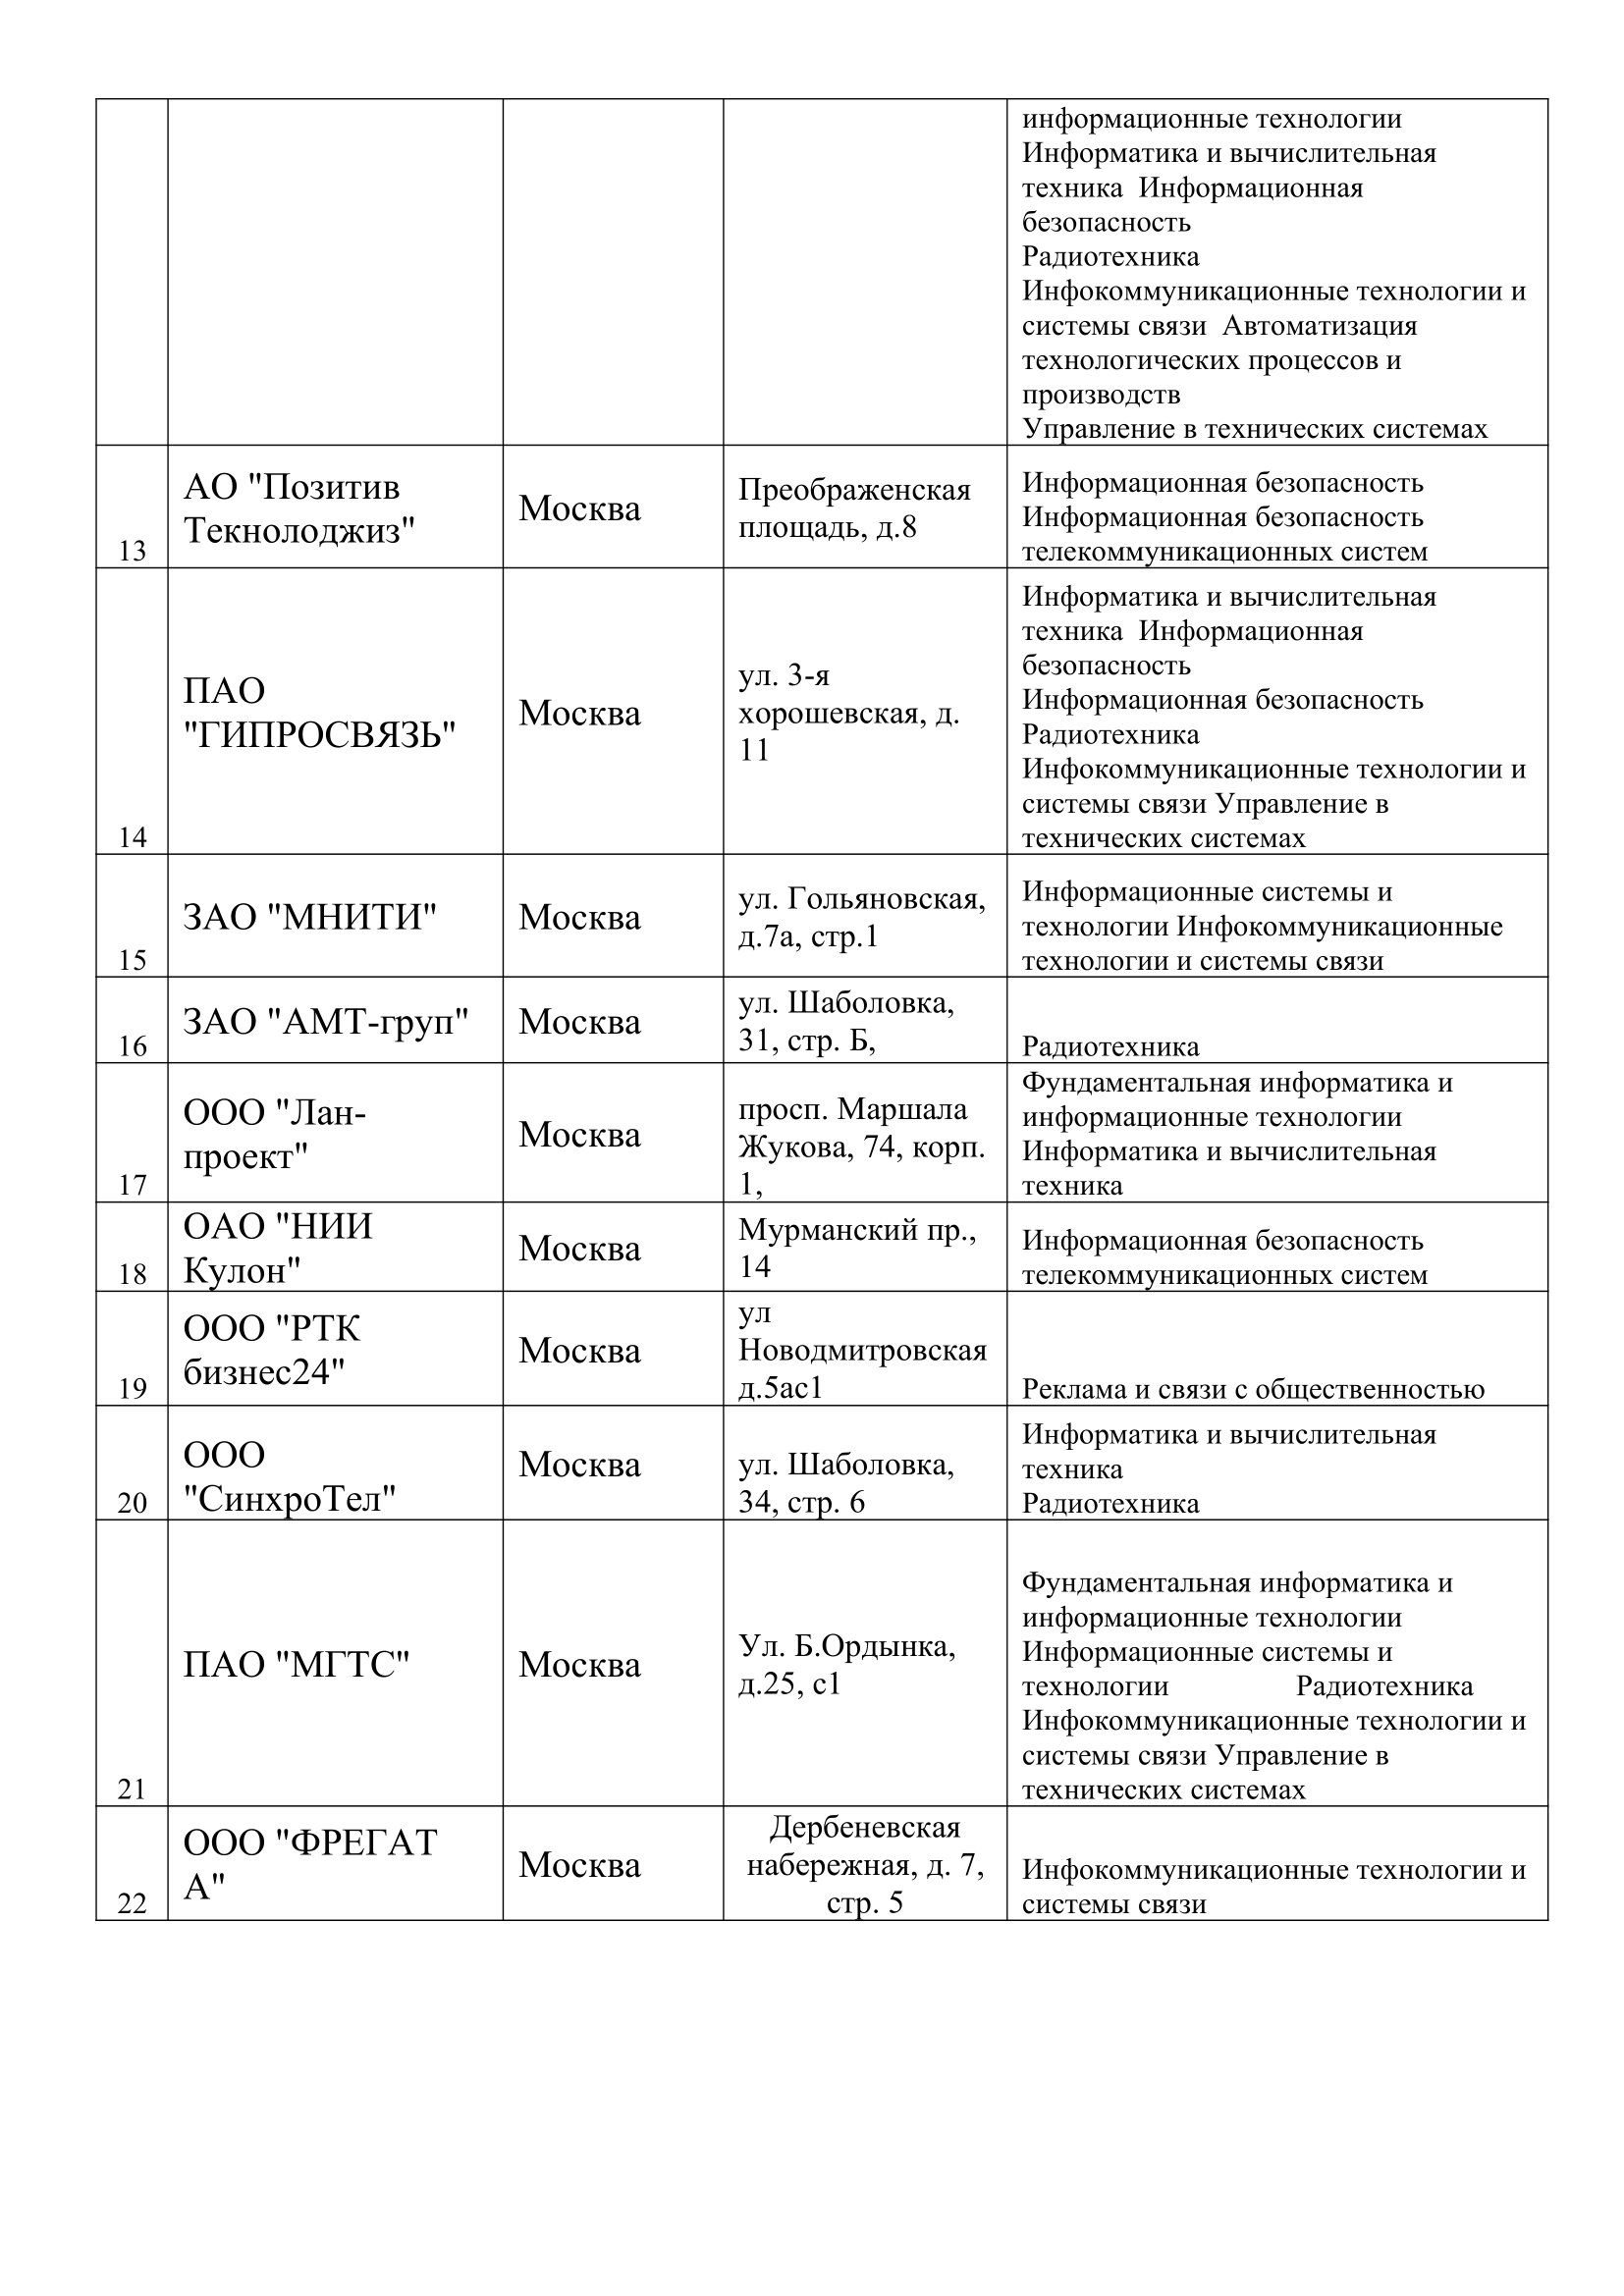
Language: ru